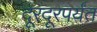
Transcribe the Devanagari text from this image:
दूरदूरपर्यंत